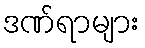
ဒဏ်ရာများ